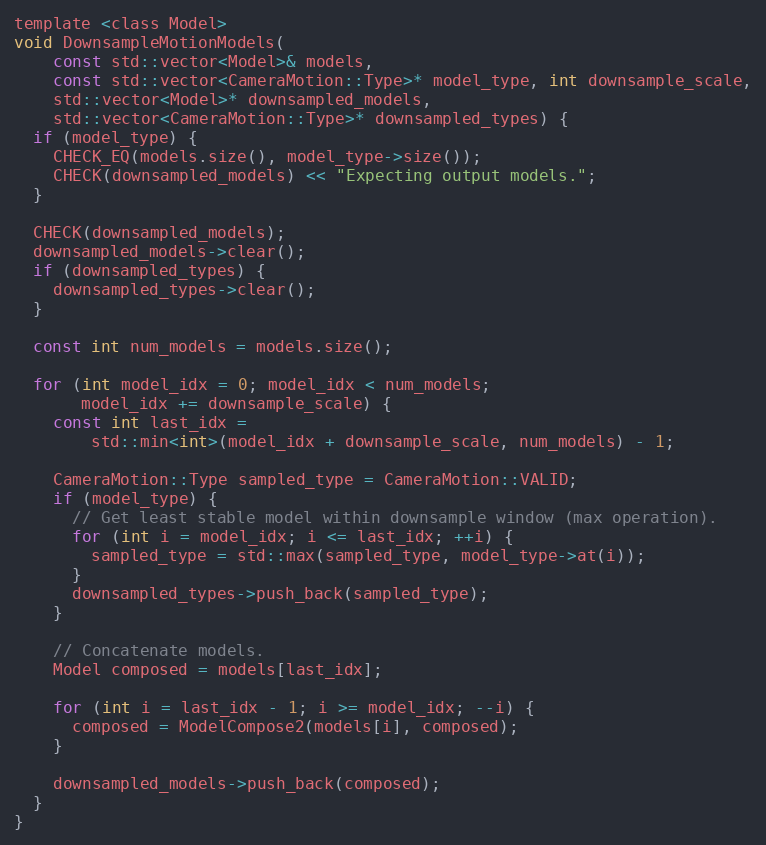
Language: C
template <class Model>
void DownsampleMotionModels(
    const std::vector<Model>& models,
    const std::vector<CameraMotion::Type>* model_type, int downsample_scale,
    std::vector<Model>* downsampled_models,
    std::vector<CameraMotion::Type>* downsampled_types) {
  if (model_type) {
    CHECK_EQ(models.size(), model_type->size());
    CHECK(downsampled_models) << "Expecting output models.";
  }

  CHECK(downsampled_models);
  downsampled_models->clear();
  if (downsampled_types) {
    downsampled_types->clear();
  }

  const int num_models = models.size();

  for (int model_idx = 0; model_idx < num_models;
       model_idx += downsample_scale) {
    const int last_idx =
        std::min<int>(model_idx + downsample_scale, num_models) - 1;

    CameraMotion::Type sampled_type = CameraMotion::VALID;
    if (model_type) {
      // Get least stable model within downsample window (max operation).
      for (int i = model_idx; i <= last_idx; ++i) {
        sampled_type = std::max(sampled_type, model_type->at(i));
      }
      downsampled_types->push_back(sampled_type);
    }

    // Concatenate models.
    Model composed = models[last_idx];

    for (int i = last_idx - 1; i >= model_idx; --i) {
      composed = ModelCompose2(models[i], composed);
    }

    downsampled_models->push_back(composed);
  }
}